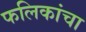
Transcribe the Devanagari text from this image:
फलिकांचा